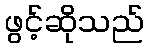
ဖွင့်ဆိုသည်